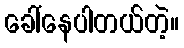
ခေါ်နေပါတယ်တဲ့။